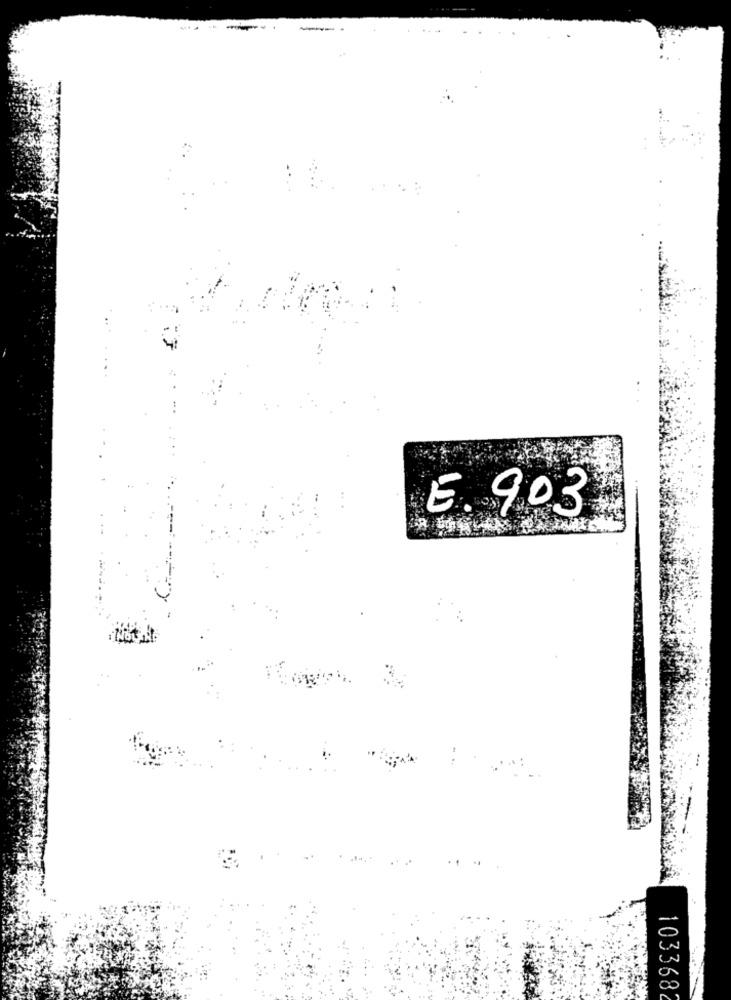
E. 903
103368